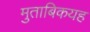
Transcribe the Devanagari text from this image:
मुताबिकयह